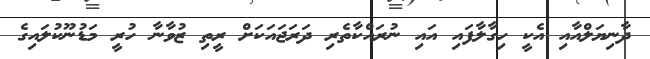
ދާނިޔަލްއާއި އެކީ ހިގާލާފައި އައި ނުރައްކާތެރި ދަރަޖައަކަށް ރީތި ޒުވާނާ ހުރީ މަޑުނޫކުލައިގެ